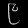
Digit: ၉